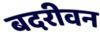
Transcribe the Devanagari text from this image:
बदरीवन